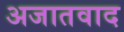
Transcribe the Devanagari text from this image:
अजातवाद